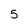
Character: 5